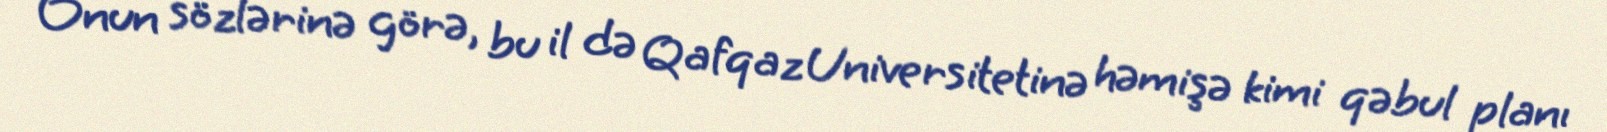
Onun sözlərinə görə, bu il də Qafqaz Universitetinə həmişə kimi qəbul planı